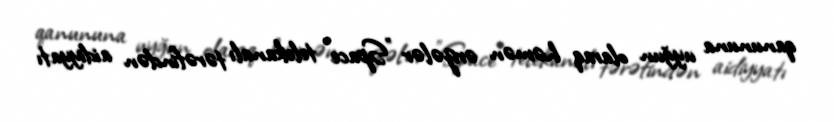
qanununa uyğun olaraq həmən ərizələr "Space" telekanalı tərəfindən aidiyyatı